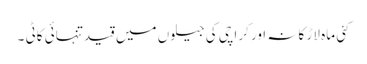
کئی ماہ لاڑ کانہ اور کراچی کی جیلوں میں قید تنہائی کاٹی ۔